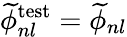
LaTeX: \widetilde{\phi}_{nl}^{\mathrm{test}}=\widetilde{\phi}_{nl}